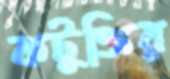
কটুক্তির